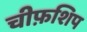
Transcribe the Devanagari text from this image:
चीफ़शिप